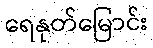
ရေနုတ်မြောင်း